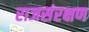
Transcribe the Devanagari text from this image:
राजसंरक्षण